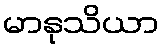
မာနုသိယာ